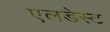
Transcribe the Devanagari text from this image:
एलडेस्ट